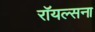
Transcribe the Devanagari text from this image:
रॉयल्सना